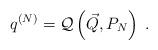
LaTeX: \begin{align*}q^{(N)} = {\cal Q}\left(\vec{Q},P_N\right) \; . \end{align*}